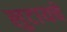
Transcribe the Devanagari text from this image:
लुटायचे